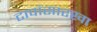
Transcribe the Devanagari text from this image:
टापांसारखा